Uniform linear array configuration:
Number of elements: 48
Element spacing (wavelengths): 0.25
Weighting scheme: binomial
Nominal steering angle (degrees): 0
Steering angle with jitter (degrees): -0.2838
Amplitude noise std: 0.05
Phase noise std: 0.05

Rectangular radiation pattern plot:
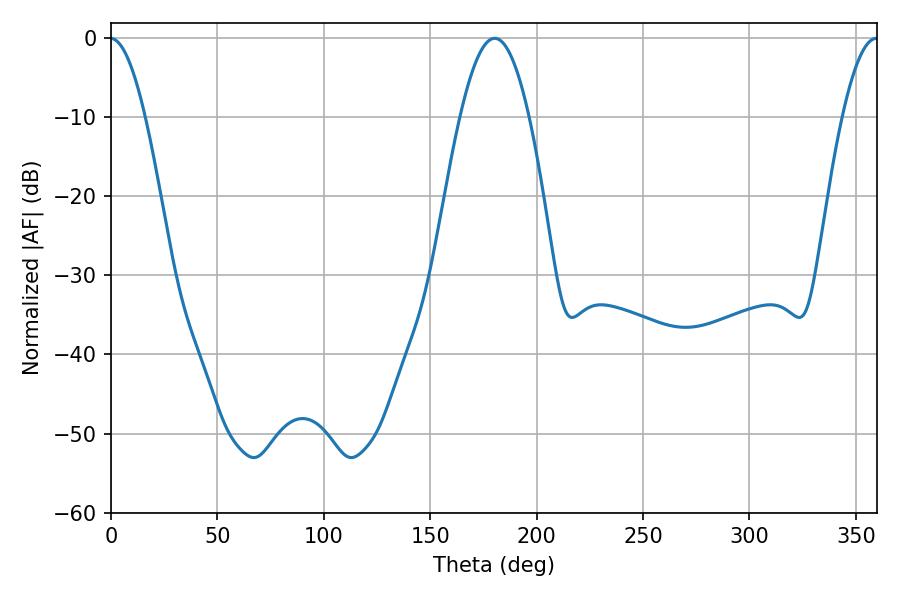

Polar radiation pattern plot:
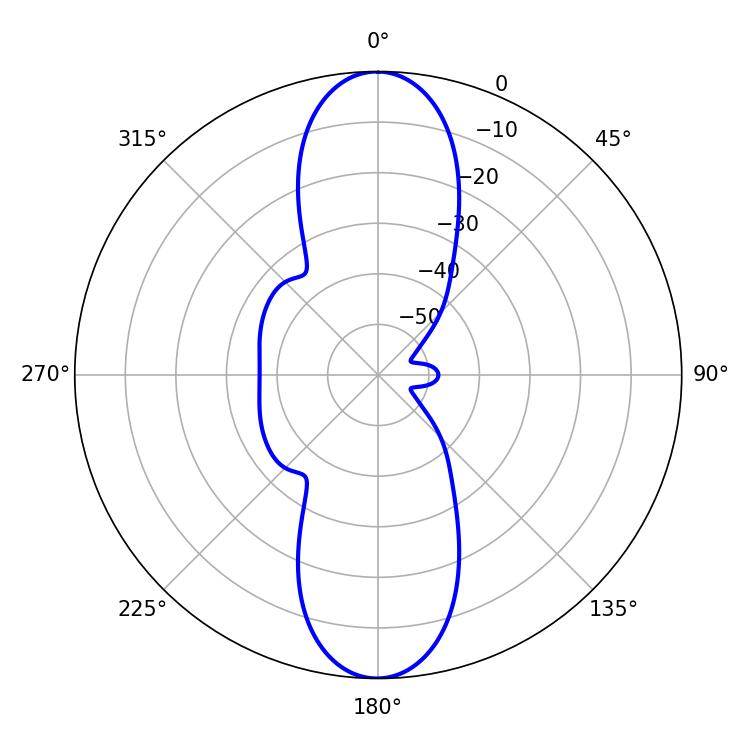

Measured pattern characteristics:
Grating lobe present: FALSE
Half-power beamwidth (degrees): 17.46
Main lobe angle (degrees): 180.36